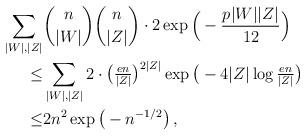
LaTeX: \begin{align*} \sum_{|W|,|Z|} & \binom{n}{|W|}\binom{n}{|Z|}\cdot 2 \exp\Big(-\frac{p|W||Z|}{12}\Big) \\ \le & \sum_{|W|,|Z|}2\cdot \big(\tfrac{en}{|Z|}\big)^{2|Z|}\exp\big(-4|Z|\log\tfrac{en}{|Z|}\big)\\ \le & 2n^2\exp\big(-n^{-1/2}\big)\,, \end{align*}